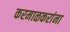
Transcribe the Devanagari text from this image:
करमाळकरांना